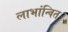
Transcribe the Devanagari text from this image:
लाभांन्वित